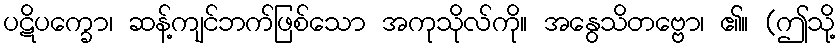
ပဋိပက္ခော၊ ဆန့်ကျင်ဘက်ဖြစ်သော အကုသိုလ်ကို။ အနွေသိတဗ္ဗော၊ ၏။ (ဤသို့